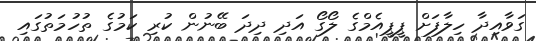
ގަވާއިދާ ހިލާފަށް ޕީޕީއެމްގެ ލޯގޯ އަދި ދިދަ ބޭނުން ކުރި ކަމުގެ ތުހުމަތުގައި